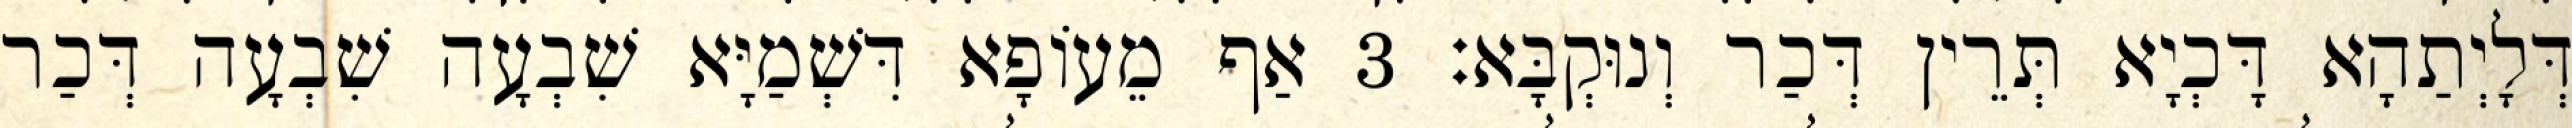
דְּלָיְתַהָא דָּכְיָא תְּרֵין דְּכַר וְנוּקְבָּא׃ 3 אַף מֵעוֹפָא דִּשְׁמַיָּא שִׁבְעָה שִׁבְעָה דְּכַר